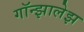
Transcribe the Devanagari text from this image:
गॉन्झालेझ